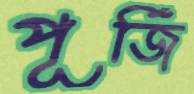
পূর্জি